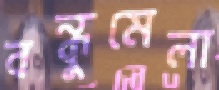
বন্ধুমেলা